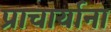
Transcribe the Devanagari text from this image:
प्राचार्याना